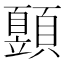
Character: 𩕙